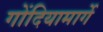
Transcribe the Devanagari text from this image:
गोंदियामार्गे